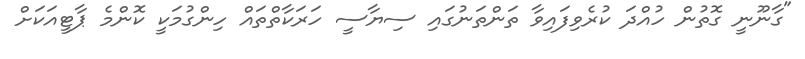
"ގާނޫނީ ގޮތުން ހުއްދަ ކުރެވިފައިވާ ތަންތަނުގައި ސިޔާސީ ހަރަކާތްތައް ހިންގުމަކީ ކޮންމެ ޕާޓީއަކަށް